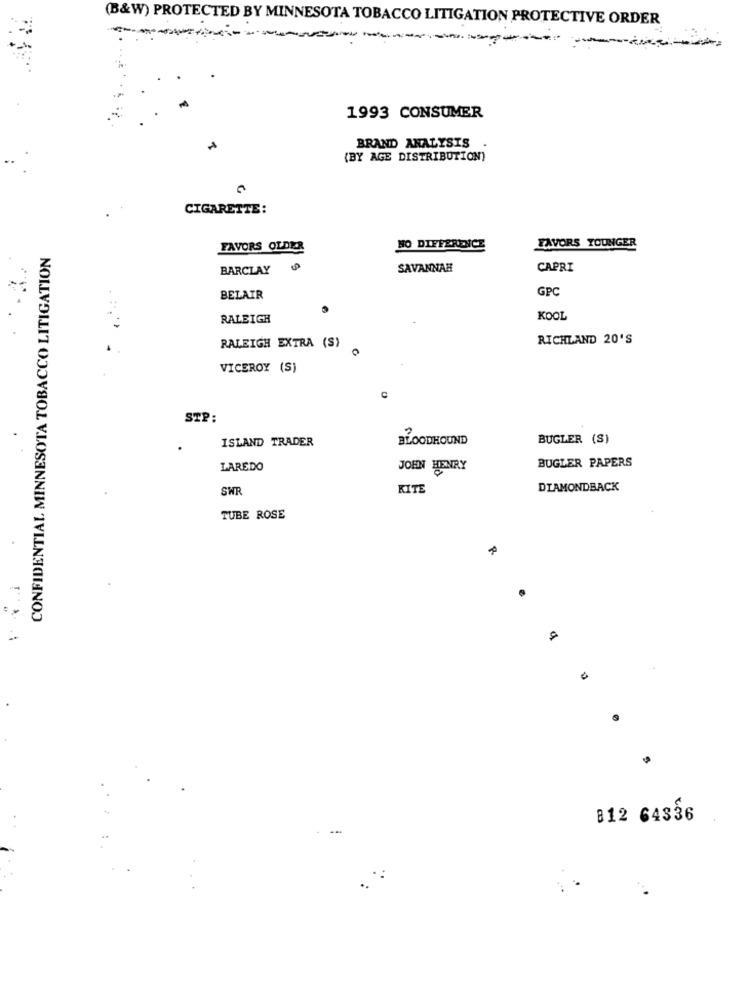
(B&W) PROTECTED BY MINNESOTA TOBACCO LITIGATION PROTECTIVE ORDER
1993 CONSUMER
BRAND ANALYSIS
(BY AGE DISTRIBUTION)
CIGARETTE:
CONFIDENTIAL MINNESOTA TOBACCO LITIGATION
FAVORS OLDER
NO DIFFERENCE
FAVORS TOUNGER
BARCLAY
SAVANNAH
CAPRI
GPC
BELAIR
RALEIGH
KOOL
RICHLAND 20'S
RALEIGH EXTRA (S)
VICEROY (S)
C
STP:
ISLAND TRADER
BLOODHOUND
BUGLER (S)
LAREDO
JOHN HENRY
BUGLER PAPERS
SWR
KITE
DIAMONDBACK
TUBE ROSE
-
B12 64336
-